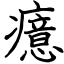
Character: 癔